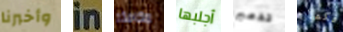
وأخبرنا in مكافئة أجلبها تدمير فكما